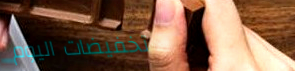
تخفيضات اليوم